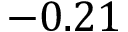
- 0 . 2 1